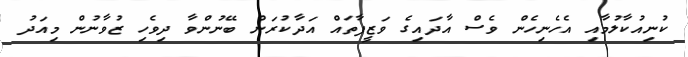
ކުނިއުކާލުމާއި އެހެނިހެން ވެސް އާދައިގެ ވަޒީފާތައް އަދާކުރަން ބޭނުންވާ ދިވެހި ޒުވާނުން މިއަދު